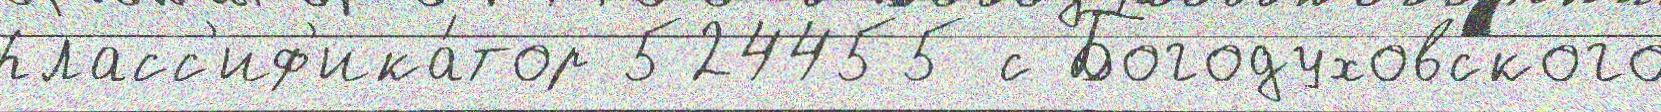
Класс'иф'ика́тор 524455 с Богодуховского